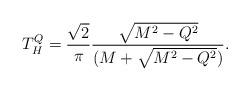
LaTeX: \begin{align*}T^Q_H = { \sqrt 2 \over \pi} { \sqrt{ M^2 -Q^2} \over (M + \sqrt{ M^2- Q^2})}.\end{align*}